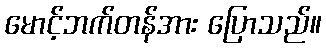
မောင့်ဘက်တန်အား ပြောသည်။